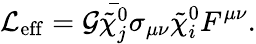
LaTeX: {\cal L}_{\mathrm{eff}}={\cal G}\bar{\tilde{\chi}_{j}^{0}}\sigma_{\mu\nu}\tilde{\chi}_{i}^{0}F^{\mu\nu}.